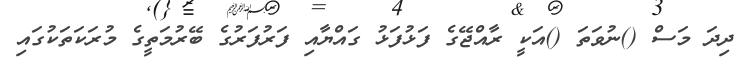
ދިދަ މަސް ()ނުވަތަ ()އަކީ ރާއްޖޭގެ ފަޅުފަޅު ގައްޔާއި ފަރުފަރުގެ ބޭރުމަތީގެ މުރަކަތަކުގައި